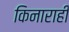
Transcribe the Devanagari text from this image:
किनाराही